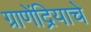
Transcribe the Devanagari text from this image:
ग्राणेंद्रियाचे